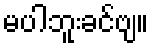
မပါဘူးခင်ဗျ။